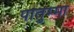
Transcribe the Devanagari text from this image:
पातुम्मा